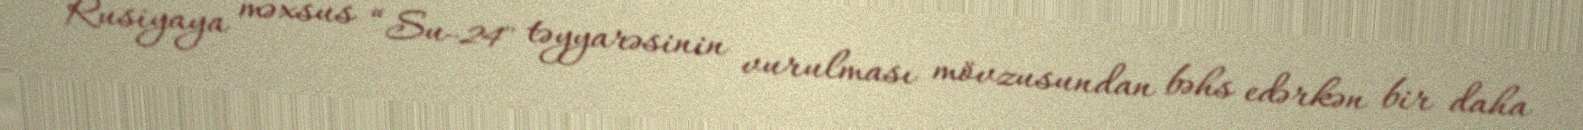
Rusiyaya məxsus “Su-24" təyyarəsinin vurulması mövzusundan bəhs edərkən bir daha